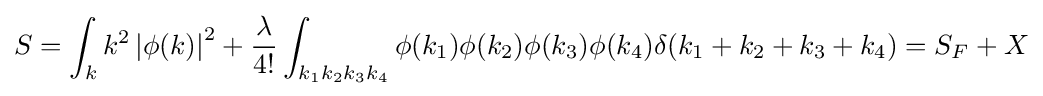
S=\int _{k}k^{2}\left|\phi (k)\right|^{2}+{\frac {\lambda }{4!}}\int _{k_{1}k_{2}k_{3}k_{4}}\phi (k_{1})\phi (k_{2})\phi (k_{3})\phi (k_{4})\delta (k_{1}+k_{2}+k_{3}+k_{4})=S_{F}+X